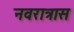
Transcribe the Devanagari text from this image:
नवरात्रास